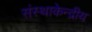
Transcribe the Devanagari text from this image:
संस्थाकेन्द्रीय